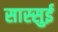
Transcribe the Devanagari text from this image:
सास्सुई